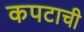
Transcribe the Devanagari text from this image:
कपटाची